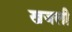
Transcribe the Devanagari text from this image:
खजली